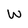
Character: w